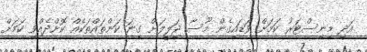
އަދި މިނިސްޓަރު ކަމަށް ވަޑައިގެން މޫސާ ޖަލީލަށް ގިނަ ކަންތައްތަކެއް ކޮށްދެއްވި ކަމަށް